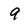
Character: 9